Annual administration and progress report of the Indian Medical Department, Bombay
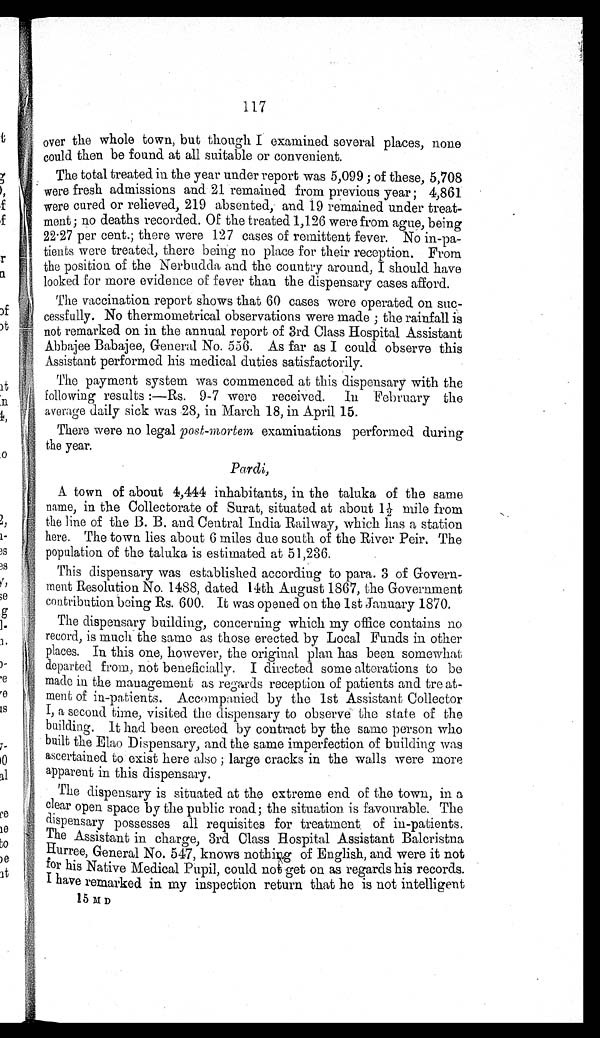
117
over the whole town, but though I examined several places, none
could then be found at all suitable or convenient.
The total treated in the year under report was 5,099 ; of these, 5,708
were fresh admissions and 21 remained from previous year ; 4,861
were cured or relieved, 219 absented, and 19 remained under treat-
ment; no deaths recorded. Of the treated 1,126 were from ague, being
22.27 per cent.; there were 127 cases of remittent fever. No in-pa-
tients were treated, there being no place for their reception. From
the position of the Nerbudda and the country around, I should have
looked for more evidence of fever than the dispensary cases afford.
The vaccination report shows that 60 cases were operated on suc-
cessfully. No thermometrical observations were made ; the rainfall is
not remarked on in the annual report of 3rd Class Hospital Assistant
Abbajee Babajee, General No. 556. As far as I could observe this
Assistant performed his medical duties satisfactorily.
The payment system was commenced at this dispensary with the
Following results :—Rs. 9-7 were received. In February the
average daily sick was 28, in March 18, in April 15.
There were no legal post-mortem examinations performed during
the year.
Pardi,
A town of about 4,444 inhabitants, in the taluka of the same
name, in the Collectorate of Surat, situated at about 1½ mile from
the line of the B. B. and Central India Railway, which has a station
here. The town lies about 6 miles due south of the River Peir. The
population of the taluka is estimated at 51,236.
This dispensary was established according to para. 3 of Govern-
ment Resolution No. 1488, dated 14th August 1867, the Government
contribution being Rs. 600. It was opened on the 1st January 1870.
The dispensary building, concerning which my office contains no
record, is much the same as those erected by Local Funds in other
places. In this one, however, the original plan has been somewhat
departed from, not beneficially. I directed some alterations to be
made in the management as regards reception of patients and treat-
ment of in-patients. Accompanied by the 1st Assistant Collector
I, a second time, visited the dispensary to observe the state of the
building. It had been erected by contract by the same person who
built the Elao Dispensary, and the same imperfection of building was
ascertained to exist here also ; large cracks in the walls were more
apparent in this dispensary.
The dispensary is situated at the extreme end of the town, in a
clear open space by the public road; the situation is favourable. The
dispensary possesses all requisites for treatment of in-patients.
The Assistant in charge, 3rd Class Hospital Assistant Balcristna
Hurree, General No. 547, knows nothing of English, and were it not
for his Native Medical Pupil, could not get on as regards his records.
I have remarked in my inspection return that he is not intelligent
15 M D